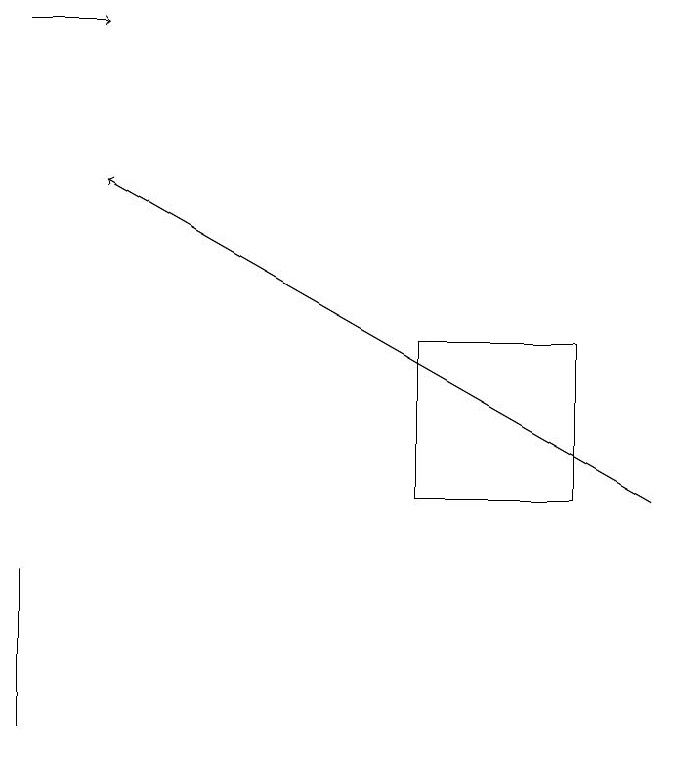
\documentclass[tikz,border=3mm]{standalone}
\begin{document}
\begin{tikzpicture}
\draw (5,13) rectangle (7,15);
\draw[->] (0,19) -- (1,19);
\draw (0,12) rectangle (0,10);
\draw[->] (8,13) -- (1,17);
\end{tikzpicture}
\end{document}